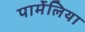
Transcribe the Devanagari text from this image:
पार्मेलिया